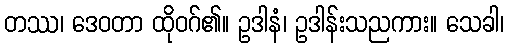
တဿ၊ ဒေဝတာ ထိုဝဂ်၏။ ဥဒါနံ၊ ဥဒါန်းသညကား။ သေခါ၊